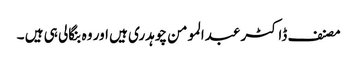
مصنف ڈاکٹر عبدالمومن چوہدری ہیں اور وہ بنگالی ہی ہیں ۔